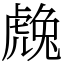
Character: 䖘